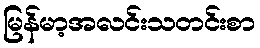
မြန်မာ့အလင်းသတင်းစာ